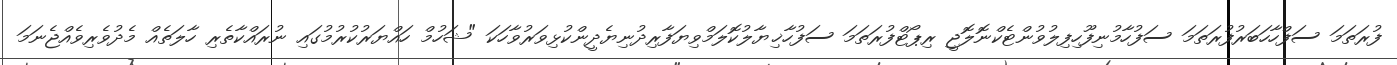
ފުރަތަމަ ސަފްހާހަބަރުފުރަތަމަ ސަފުހާމުނިފޫހިފިލުވުންޓެކްނޮލޮޖީ ރިޕޯޓްފުރަތަމަ ސަފުހާޚިޔާލުކޮލަމްވިޔަފާރިދުނިޔެދީންކުޅިވަރުވާހަކަ "ޝަހުމް ހައްޔަރުކުރުމުގައި ނުރައްކާތެރި ހާލަތެއް މެދުވެރިވެއްޖެނަމަ